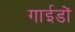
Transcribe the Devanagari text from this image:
गाईडों